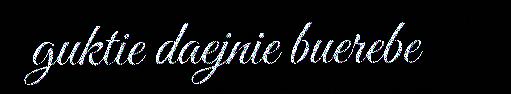
guktie daejnie buerebe